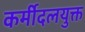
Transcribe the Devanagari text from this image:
कर्मीदलयुक्त